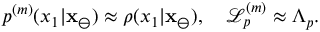
p ^ { ( m ) } ( x _ { 1 } | \mathbf { x } _ { \ominus } ) \approx \rho ( x _ { 1 } | \mathbf { x } _ { \ominus } ) , \quad \mathcal { L } _ { p } ^ { ( m ) } \approx \Lambda _ { p } .